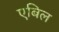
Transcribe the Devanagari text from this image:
एबिल